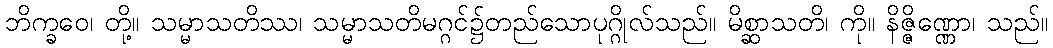
ဘိက္ခဝေ၊ တို့။ သမ္မာသတိဿ၊ သမ္မာသတိမဂ္ဂင်၌တည်သောပုဂ္ဂိုလ်သည်။ မိစ္ဆာသတိ၊ ကို။ နိဇ္ဇိဏ္ဏော၊ သည်။